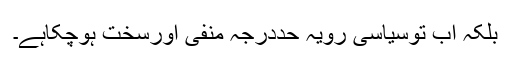
بلکہ اب توسیاسی رویہ حددرجہ منفی اورسخت ہوچکاہے۔